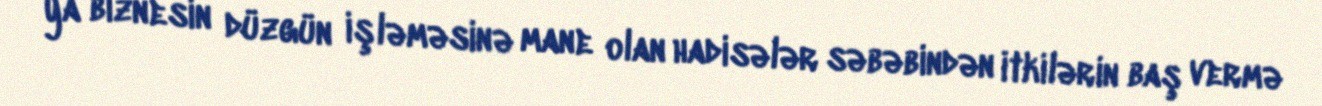
ya biznesin düzgün işləməsinə mane olan hadisələr səbəbindən itkilərin baş vermə